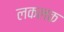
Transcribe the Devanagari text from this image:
लकलक